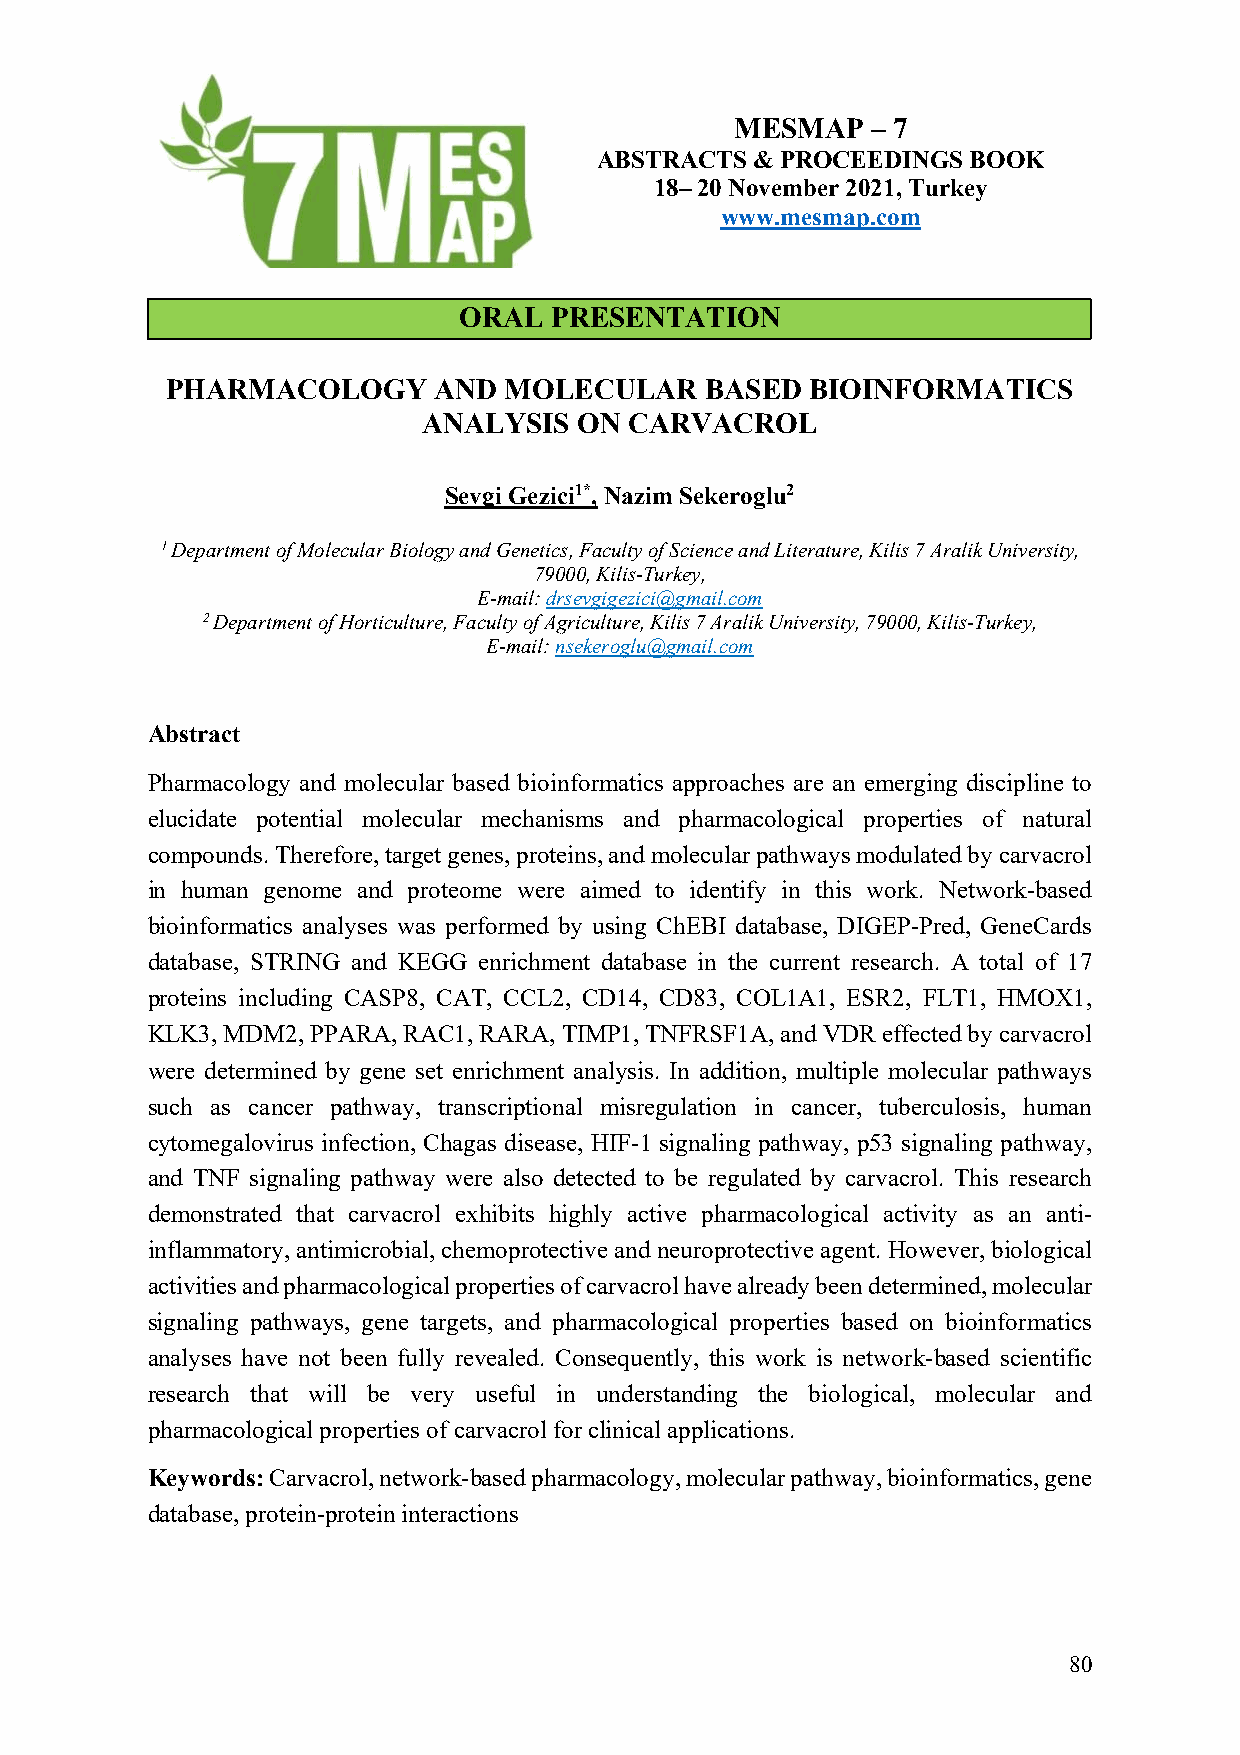
MESMAP   – 7
 ABSTRACTS  & PROCEEDINGS BOOK
 18– 20 November 2021, Turkey
 www.mesmap.com
 ORAL  PRESENTATION
 PHARMACOLOGY      AND MOLECULAR     BASED  BIOINFORMATICS
 ANALYSIS  ON  CARVACROL
 Sevgi Gezici1*, Nazim Sekeroglu2
 1 Department of Molecular Biology and Genetics, Faculty of Science and Literature, Kilis 7 Aralik University,
 79000, Kilis-Turkey,
 E-mail: drsevgigezici@gmail.com
 2 Department of Horticulture, Faculty of Agriculture, Kilis 7 Aralik University, 79000, Kilis-Turkey,
 E-mail: nsekeroglu@gmail.com
 Abstract
 Pharmacology and molecular based bioinformatics approaches are an emerging discipline to
 elucidate potential molecular mechanisms and pharmacological properties of natural
 compounds. Therefore, target genes, proteins, and molecular pathways modulated by carvacrol
 in human genome and proteome were aimed to identify in this work. Network-based
 bioinformatics analyses was performed by using ChEBI database, DIGEP-Pred, GeneCards
 database, STRING and KEGG enrichment database in the current research. A total of 17
 proteins including CASP8, CAT, CCL2, CD14, CD83, COL1A1, ESR2, FLT1, HMOX1,
 KLK3, MDM2, PPARA, RAC1, RARA, TIMP1, TNFRSF1A, and VDR effected by carvacrol
 were determined by gene set enrichment analysis. In addition, multiple molecular pathways
 such as cancer pathway, transcriptional misregulation in cancer, tuberculosis, human
 cytomegalovirus infection, Chagas disease, HIF-1 signaling pathway, p53 signaling pathway,
 and TNF signaling pathway were also detected to be regulated by carvacrol. This research
 demonstrated that carvacrol exhibits highly active pharmacological activity as an anti-
 inflammatory, antimicrobial, chemoprotective and neuroprotective agent. However, biological
 activities and pharmacological properties of carvacrol have already been determined, molecular
 signaling pathways, gene targets, and pharmacological properties based on bioinformatics
 analyses have not been fully revealed. Consequently, this work is network-based scientific
 research that will be very useful in understanding the biological, molecular and
 pharmacological properties of carvacrol for clinical applications.
 Keywords: Carvacrol, network-based pharmacology, molecular pathway, bioinformatics, gene
 database, protein-protein interactions
 80